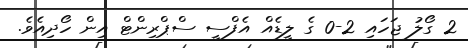
2 ގޯލު ޖަހައި 2-0 ގެ ލީޑެއް އެފްސީ ސްޕްރިންޓް އިން ހޯދިއެވެ.